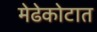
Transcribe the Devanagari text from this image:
मेढेकोटात